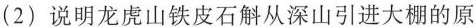
(2)说明龙虎山铁皮石斛从深山引进大棚的原